Civil Veterinary Department Bengal reports 1933-51 - 1933-1951
Year: 1933
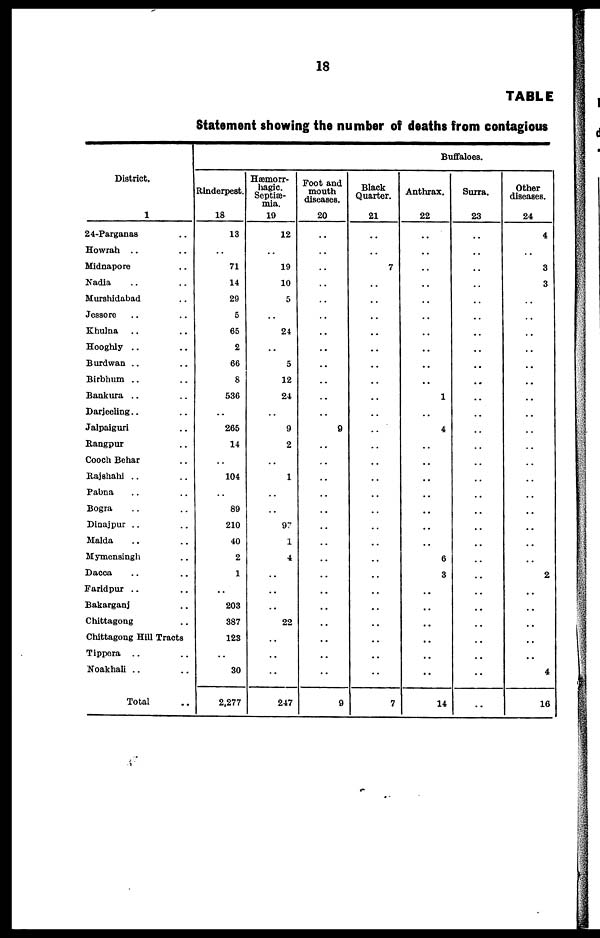
18
TABLE
Statement showing the number of deaths from contagious
District.
1
24-Parganas ..
Howrah .. ..
Midnapore ..
Nadia .. ..
Murshidabad ..
Jessore .. ..
Khulna .. ..
Hooghly.. ..
Burdwan .. ..
Birbhum .. ..
Bankura .. ..
Darjeeling .. ..
Jalpaiguri ..
Rangpur ..
Cooch Behar ..
Rajshahi .. ..
Pabna .. ..
Bogra .. ..
Dinajpur .. ..
Malda .. ..
Mymensingh ..
Dacca .. ..
Faridpur .. ..
Bakarganj ..
Chittagong ..
Chittagong Hill Tracts
Tippera .. ..
Noakhali .. ..
Total ..
Buffaloes.
Rinderpest.
18
13
..
71
14
29
5
65
2
66
8
536
..
265
14
..
104
..
89
210
40
2
1
..
203
387
123
..
30
2,277
Hæmorr-
hagic.
Septiæ-
mia.
19
12
..
19
10
5
..
24
..
5
12
24
..
9
2
..
1
..
..
97
1
4
..
..
..
22
..
..
..
247
Foot and
mouth
diseases.
20
..
..
..
..
..
..
..
..
..
..
..
..
9
..
..
..
..
..
..
..
..
..
..
..
..
..
..
..
9
Black
Quarter.
21
..
..
7
..
..
..
..
..
..
..
..
..
..
..
..
..
..
..
..
..
..
..
..
..
..
..
..
..
7
Anthrax.
22
..
..
..
..
..
..
..
..
..
..
1
..
4
..
..
..
..
..
..
..
6
3
..
..
..
..
..
..
14
Surra.
23
..
..
..
..
..
..
..
..
..
..
..
..
..
..
..
..
..
..
..
..
..
..
..
..
..
..
..
..
..
Other
diseases.
24
4
..
3
3
..
..
..
..
..
..
..
..
..
..
..
..
..
..
..
..
..
2
..
..
..
..
..
4
16